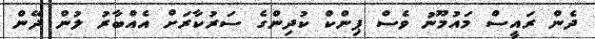
ދެން ރައީސް މައުމޫނު ވެސް ޕިންކް ކުދިންގެ ސަރުކާރަށް އެއްބާރު ލުން ދޭން